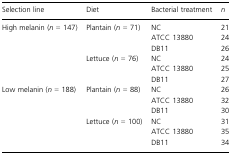
<table><thead><tr><td><b>Selection line</b></td><td><b>Diet</b></td><td><b>Bacterial treatment</b></td><td><b><i>n</i></b></td></tr></thead><tbody><tr><td>High melanin (<i>n</i> = 147)</td><td>Plantain (<i>n</i> = 71)</td><td>NC</td><td>21</td></tr><tr><td></td><td></td><td>ATCC 13880</td><td>24</td></tr><tr><td></td><td></td><td>DB11</td><td>26</td></tr><tr><td></td><td>Lettuce (<i>n</i> = 76)</td><td>NC</td><td>24</td></tr><tr><td></td><td></td><td>ATCC 13880</td><td>25</td></tr><tr><td></td><td></td><td>DB11</td><td>27</td></tr><tr><td>Low melanin (<i>n</i> = 188)</td><td>Plantain (<i>n</i> = 88)</td><td>NC</td><td>26</td></tr><tr><td></td><td></td><td>ATCC 13880</td><td>32</td></tr><tr><td></td><td></td><td>DB11</td><td>30</td></tr><tr><td></td><td>Lettuce (<i>n</i> = 100)</td><td>NC</td><td>31</td></tr><tr><td></td><td></td><td>ATCC 13880</td><td>35</td></tr><tr><td></td><td></td><td>DB11</td><td>34</td></tr></tbody></table>